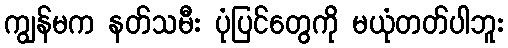
ကျွန်မက နတ်သမီး ပုံပြင်တွေကို မယုံတတ်ပါဘူး